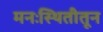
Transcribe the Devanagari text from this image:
मनःस्थितीतून